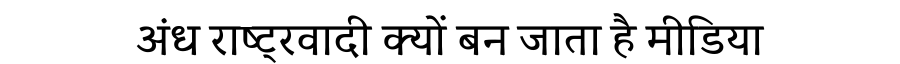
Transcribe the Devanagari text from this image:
अंध राष्ट्रवादी क्यों बन जाता है मीडिया